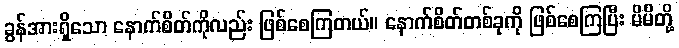
ခွန်အားရှိသော နောက်စိတ်ကိုလည်း ဖြစ်စေကြတယ်။ နောက်စိတ်တစ်ခုကို ဖြစ်စေကြပြီး မိမိတို့